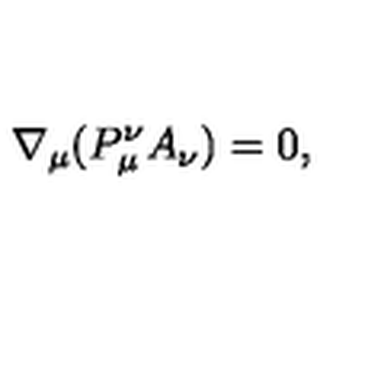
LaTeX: \nabla _ { \mu } ( P _ { \mu } ^ { \nu } A _ { \nu } ) = 0 ,